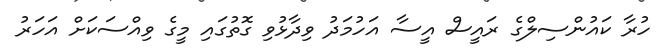
ހުރާ ކައުންސިލްގެ ރައީސް އީސާ އަހުމަދު ވިދާޅުވި ގޮތުގައި މީގެ ވިއްސަކަށް އަހަރު